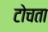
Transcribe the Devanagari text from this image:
टोचता